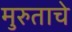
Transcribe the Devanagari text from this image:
मुरुताचे